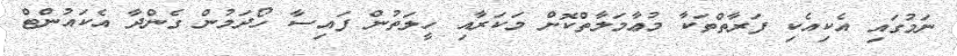
ނަމުގައި އެކިއެކި ފަރާތްތަކާ މުޢާމަލާތްކޮށް މަކަރާއި ހީލަތުން ފައިސާ ހޯދަމުން ގެންދާ އެކައުންޓް